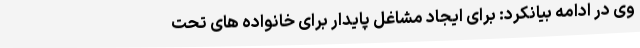
وی در ادامه بیانکرد: برای ایجاد مشاغل پایدار برای خانواده های تحت